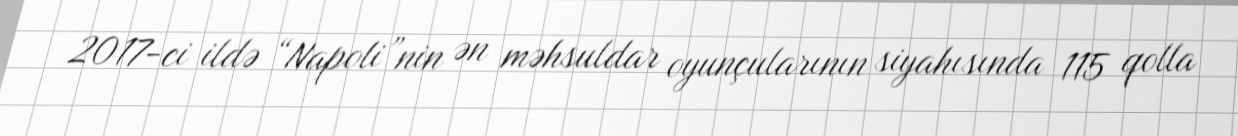
2017-ci ildə “Napoli”nin ən məhsuldar oyunçularının siyahısında 115 qolla